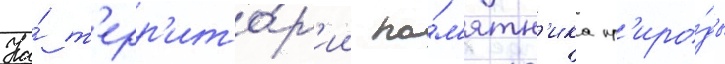
На́ т'ерр'ито́р'ии па́м'ятн'ика пр'иро́ды